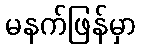
မနက်ဖြန်မှာ